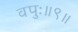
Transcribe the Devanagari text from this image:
वपुः॥९॥